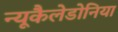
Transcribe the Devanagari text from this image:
न्यूकैलेडोनिया